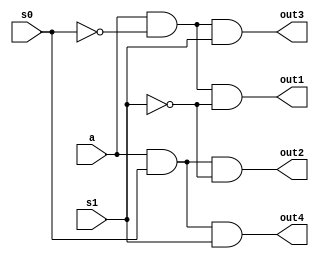
//This is for the 1:4 demux module.

module one_to_four_demux_dataflow_module (a, s0, s1, out1, out2, out3, out4);
	input a;
	input s0, s1;	
	output out1, out2, out3, out4;

	//Fill this out
	assign out1 = (a && !s0 &&!s1);
	assign out2 = (a && s0 &&!s1);
	assign out3 = (a && !s0 &&s1);
	assign out4 = (a && s0 &&s1);

endmodule